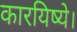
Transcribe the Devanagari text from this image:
कारयिष्ये।